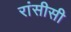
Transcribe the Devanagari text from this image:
रांसीसी